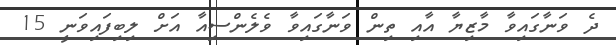
ދެ ވަނާގައިވާ މާޒިޔާ އާއި ތިން ވަނާގައިވާ ވެލެންސިއާ އަށް ލިބިފައިވަނީ 15